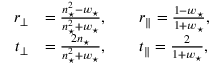
\begin{array} { r l } { r _ { \perp } } & { = \frac { n _ { \star } ^ { 2 } - w _ { \star } } { n _ { \star } ^ { 2 } + w _ { \star } } , \qquad r _ { \parallel } = \frac { 1 - w _ { \star } } { 1 + w _ { \star } } , } \\ { t _ { \perp } } & { = \frac { 2 n _ { \star } } { n _ { \star } ^ { 2 } + w _ { \star } } , \qquad t _ { \parallel } = \frac { 2 } { 1 + w _ { \star } } , } \end{array}